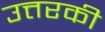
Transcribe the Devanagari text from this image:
उत्तरकी